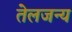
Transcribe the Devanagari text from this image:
तेलजन्य